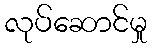
လုပ်ဆောင်မှု